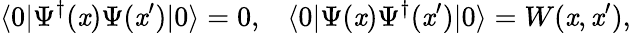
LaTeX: \langle0|\Psi^{\dagger}(\mathit{x})\Psi(\mathit{x}^{\prime})|0\rangle=0,\; \; \; \langle0|\Psi(\mathit{x})\Psi^{\dagger}(\mathit{x}^{\prime})|0\rangle=W(\mathit{x},\mathit{x}^{\prime}),